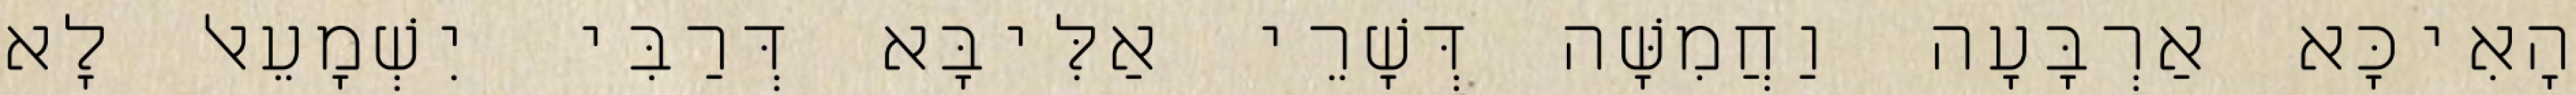
הָאִיכָּא אַרְבָּעָה וַחֲמִשָּׁה דְּשָׁרֵי אַלִּיבָּא דְּרַבִּי יִשְׁמָעֵאל לָא